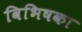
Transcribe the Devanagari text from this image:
विभिषका